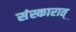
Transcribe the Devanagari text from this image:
संस्कारात्